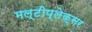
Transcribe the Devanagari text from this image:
मल्टीप्लेक्सर